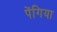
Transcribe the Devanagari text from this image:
पेंगिया